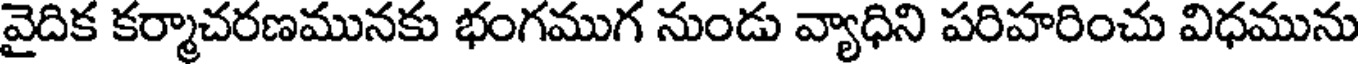
వైదిక కర్మాచరణమునకు భంగముగ నుండు వ్యాధిని పరిహరించు విధమును